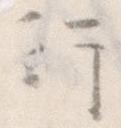
行